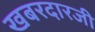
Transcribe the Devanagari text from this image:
खबरदारजी